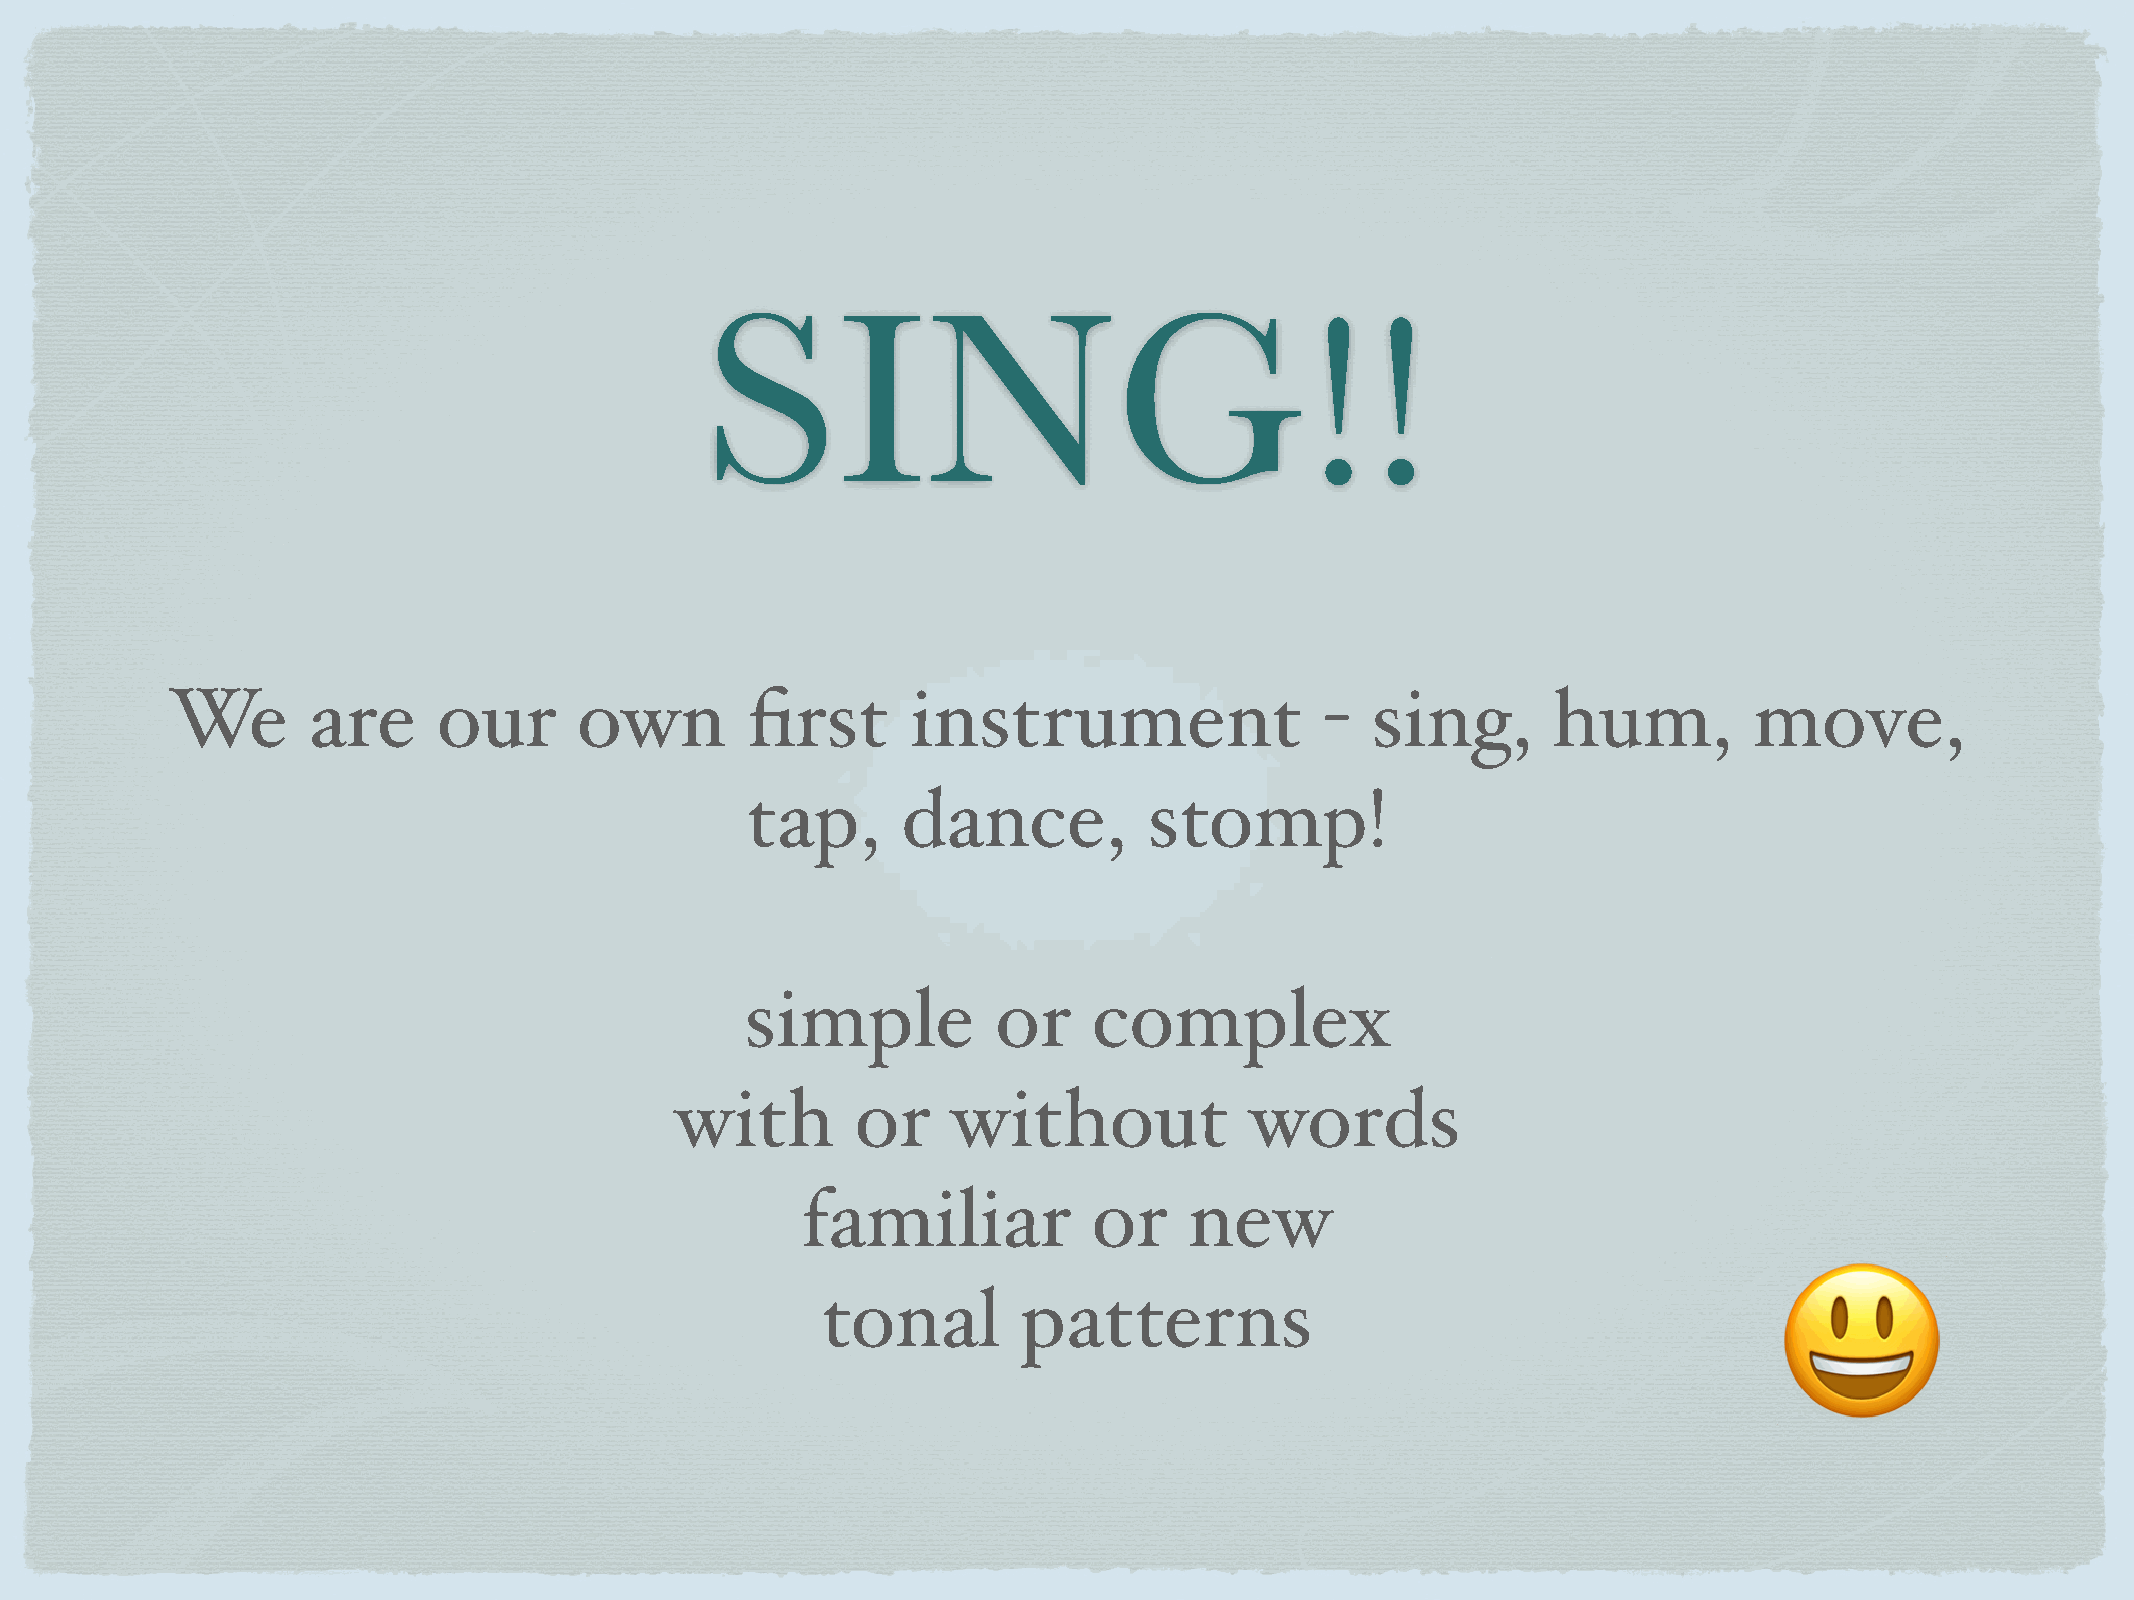
SING!!
 We       are      our      own        first      instrument                  -  sing,       hum,         move,
 tap,       dance,          stomp!
 simple           or    complex
 with        or    without             words
 familiar           or     new
 tonal         patterns
 😃